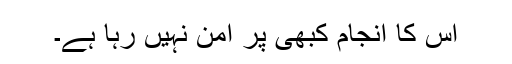
اس کا انجام کبھی پُر امن نہیں رہا ہے۔